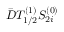
\bar { D } T _ { 1 / 2 } ^ { ( 1 ) } S _ { 2 i } ^ { ( 0 ) }